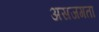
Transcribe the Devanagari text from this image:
असजगता